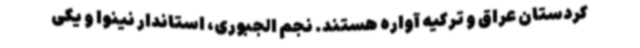
کردستان عراق و ترکیه آواره هستند. نجم الجبوری، استاندار نینوا و یکی